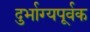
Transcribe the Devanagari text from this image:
दुर्भाग्यपूर्वक